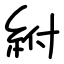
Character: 紨